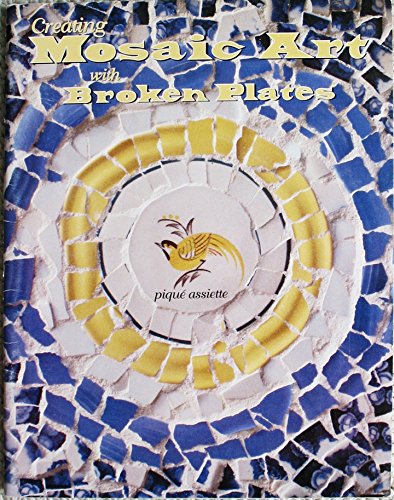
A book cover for Creating mosaic art with broken plates; Ruth Zimmer; Arts & Photography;